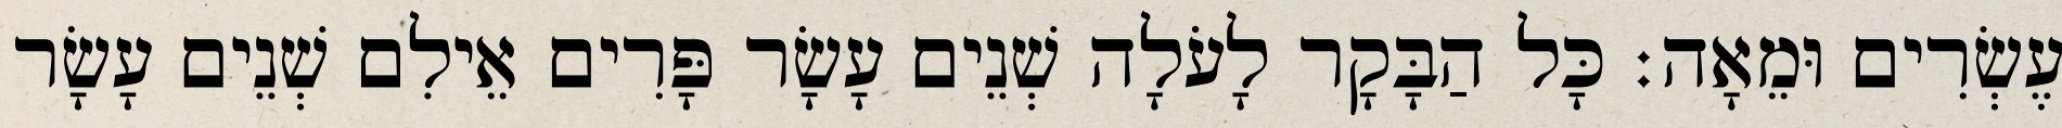
עֶשְׂרִים וּמֵאָה׃ כָּל הַבָּקָר לָעֹלָה שְׁנֵים עָשָׂר פָּרִים אֵילִם שְׁנֵים עָשָׂר